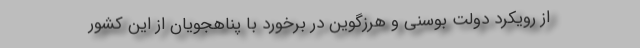
از رویکرد دولت بوسنی و هرزگوین در برخورد با پناهجویان از این کشور